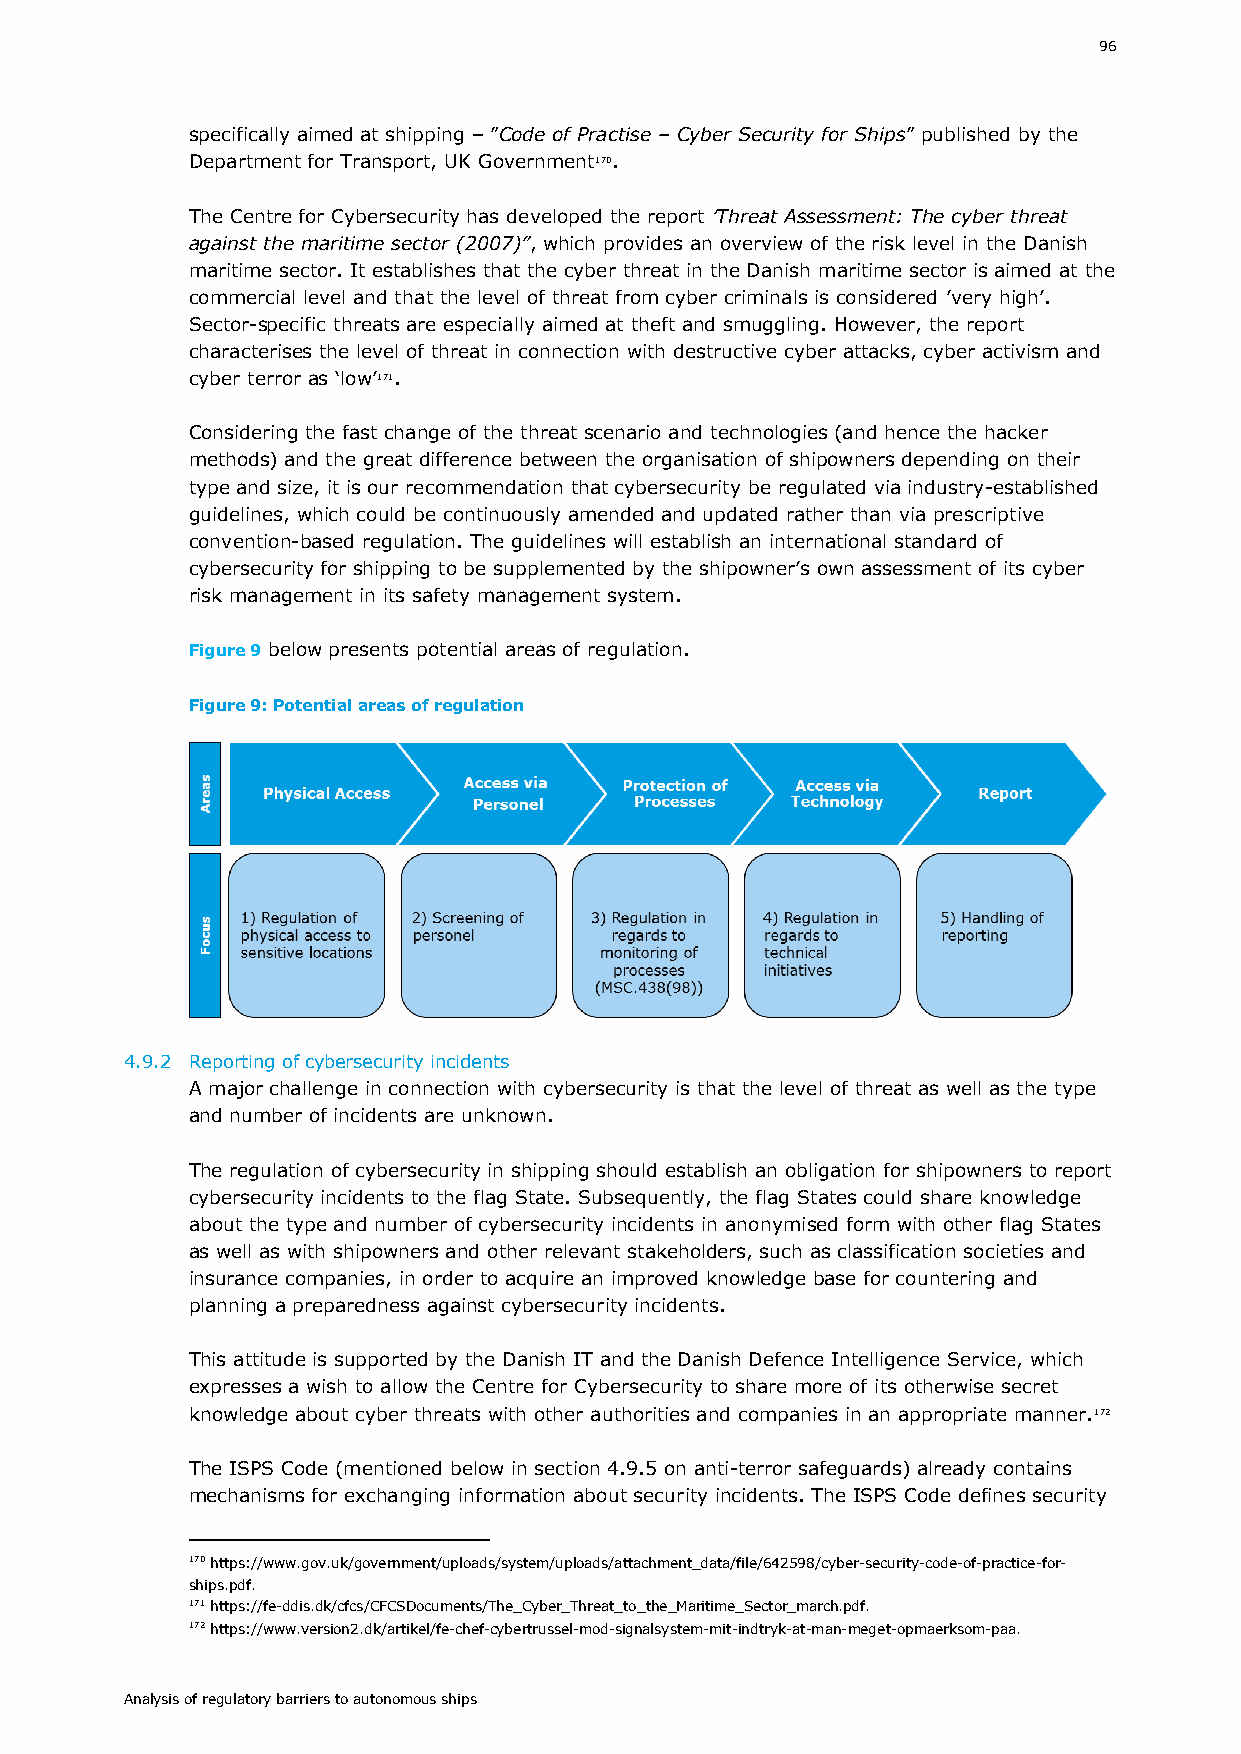
96
 specifically aimed at shipping – ”Code of Practise – Cyber Security for Ships” published by the
 Department for Transport, UK Government170.
 The Centre for Cybersecurity has developed the report ’Threat Assessment: The cyber threat
 against the maritime sector (2007)”, which provides an overview of the risk level in the Danish
 maritime sector. It establishes that the cyber threat in the Danish maritime sector is aimed at the
 commercial level and that the level of threat from cyber criminals is considered ’very high’.
 Sector-specific threats are especially aimed at theft and smuggling. However, the report
 characterises the level of threat in connection with destructive cyber attacks, cyber activism and
 cyber terror as ‘low’171.
 Considering the fast change of the threat scenario and technologies (and hence the hacker
 methods) and the great difference between the organisation of shipowners depending on their
 type and size, it is our recommendation that cybersecurity be regulated via industry-established
 guidelines, which could be continuously amended and updated rather than via prescriptive
 convention-based regulation. The guidelines will establish an international standard of
 cybersecurity for shipping to be supplemented by the shipowner’s own assessment of its cyber
 risk management in its safety management system.
 Figure 9 below presents potential areas of regulation.
 Figure 9: Potential areas of regulation
 4.9.2 Reporting of cybersecurity incidents
 A major challenge in connection with cybersecurity is that the level of threat as well as the type
 and number of incidents are unknown.
 The regulation of cybersecurity in shipping should establish an obligation for shipowners to report
 cybersecurity incidents to the flag State. Subsequently, the flag States could share knowledge
 about the type and number of cybersecurity incidents in anonymised form with other flag States
 as well as with shipowners and other relevant stakeholders, such as classification societies and
 insurance companies, in order to acquire an improved knowledge base for countering and
 planning a preparedness against cybersecurity incidents.
 This attitude is supported by the Danish IT and the Danish Defence Intelligence Service, which
 expresses a wish to allow the Centre for Cybersecurity to share more of its otherwise secret
 knowledge about cyber threats with other authorities and companies in an appropriate manner.172
 The ISPS Code (mentioned below in section 4.9.5 on anti-terror safeguards) already contains
 mechanisms for exchanging information about security incidents. The ISPS Code defines security
 170 https://www.gov.uk/government/uploads/system/uploads/attachment_data/file/642598/cyber-security-code-of-practice-for-
 ships.pdf.
 171 https://fe-ddis.dk/cfcs/CFCSDocuments/The_Cyber_Threat_to_the_Maritime_Sector_march.pdf.
 172 https://www.version2.dk/artikel/fe-chef-cybertrussel-mod-signalsystem-mit-indtryk-at-man-meget-opmaerksom-paa.
 Analysis of regulatory barriers to autonomous ships